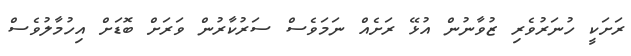
ރަށަކީ ހުނަރުވެރި ޒުވާނުން އުޅޭ ރަށެއް ނަމަވެސް ސަރުކާރުން ވަރަށް ބޮޑަށް އިހުމާލުވެސް